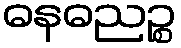
ဓနဓညဉ္စ